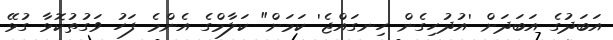
އަބަދުގެ އަބަދަށް 'އުދުހިގެން ހިނގައްޖެ' ކަމަށް" ކަލާމްގެ އެންމެ ފަހު ވަގުތުކޮޅާ ގުޅޭ